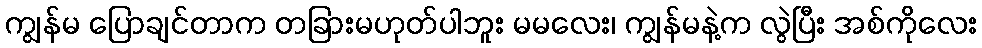
ကျွန်မ ပြောချင်တာက တခြားမဟုတ်ပါဘူး မမလေး၊ ကျွန်မနဲ့က လွဲပြီး အစ်ကိုလေး